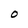
Character: O